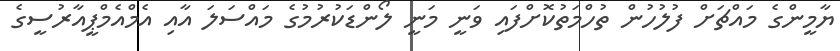
ޔާމީންގެ މައްޗަށް ފުލުހުން ތުހްމަތުކޮށްފައި ވަނީ މަނީ ލޯންޑަކުރުމުގެ މައްސަލަ އާއި އެމްއެމްޕީއާރުސީގެ